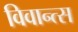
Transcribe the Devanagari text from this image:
विवान्त्स